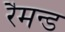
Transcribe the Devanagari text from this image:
रैमन्ड